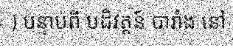
) បន្ទាប់ពី បដិវត្តន៍ បារាំង នៅ